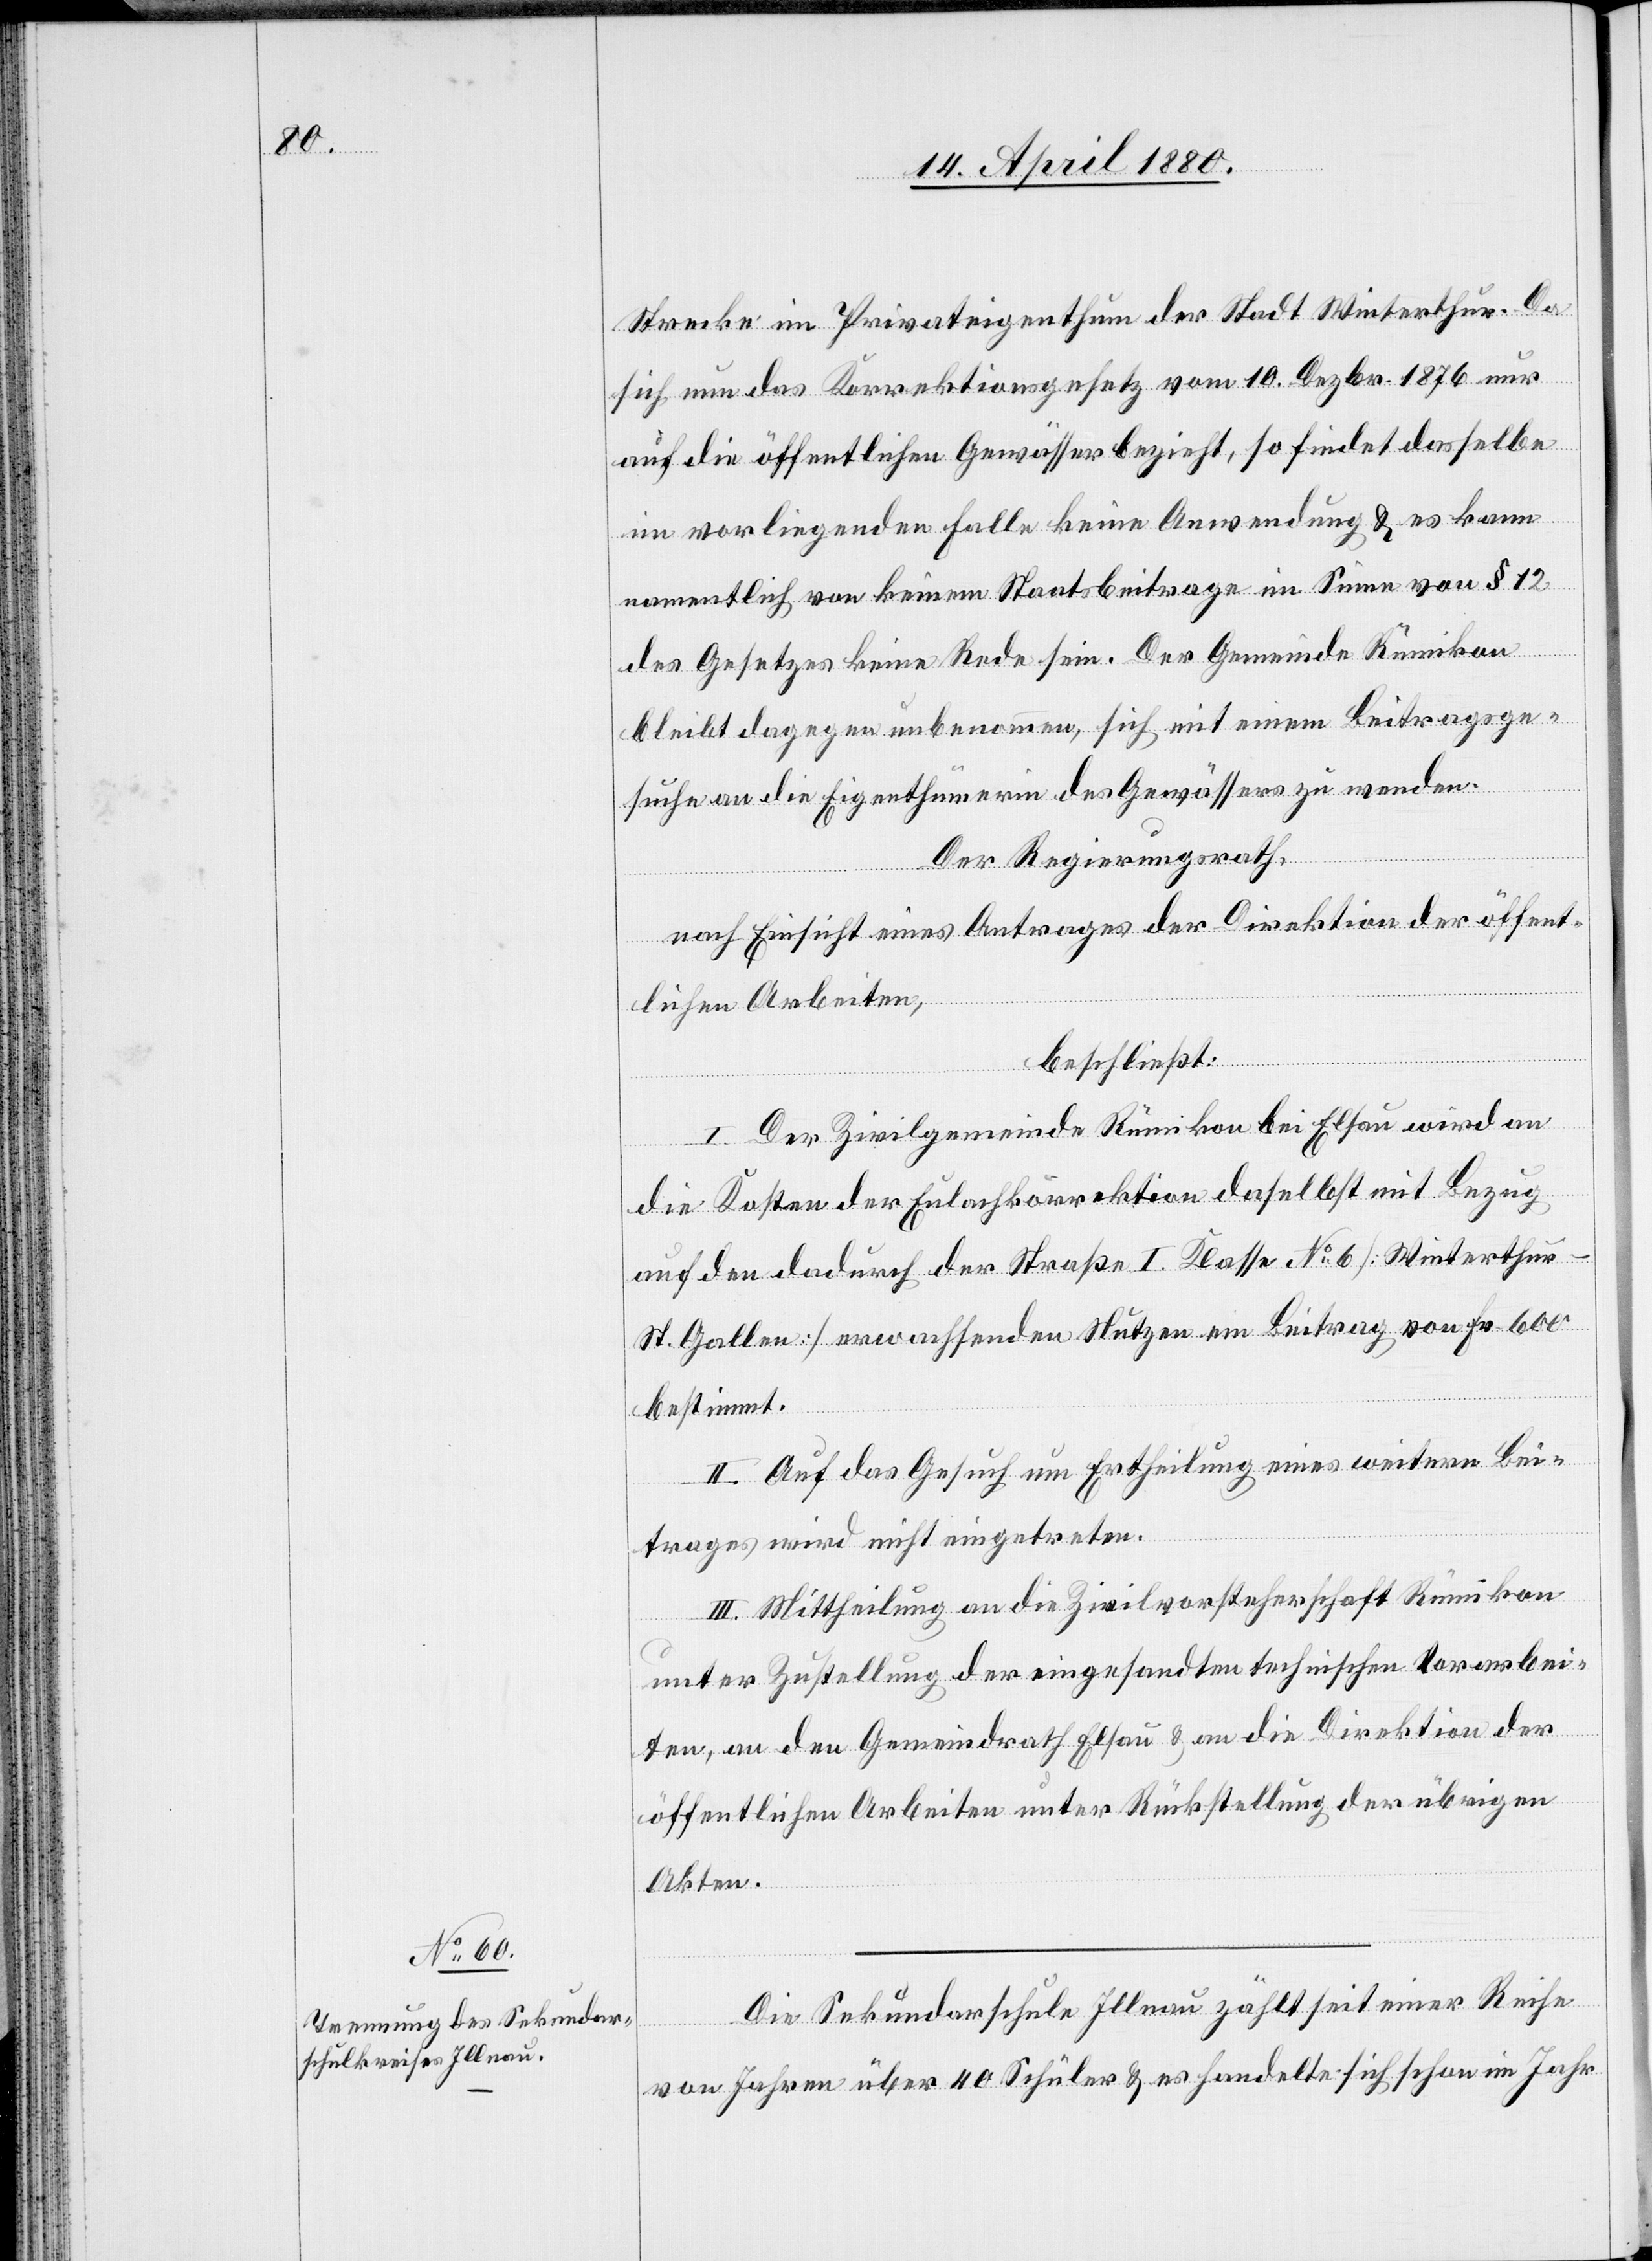
Strecke im Privateigenthum der Stadt Winterthur. Da
sich nun das Korrektionsgesetz vom 10. Dezbr. 1876 nur
auf die öffentlichen Gewässer bezieht, so findet dasselbe
im vorliegenden Falle keine Anwendung & es kann
namentlich von keinem Staatsbeitrag im Sinne von § 12
des Gesetzes keine [sic!] Rede sein. Der Gemeinde Rümikon
bleibt dagegen unbenommen, sich mit einem Beitragsge¬
suche an die Eigenthümerin des Gewässers zu wenden.
Der Regierungsrath,
nach Einsicht eines Antrages der Direktion der öffent¬
lichen Arbeiten,
beschließt:
I. Der Zivilgemeinde Rümikon bei Elsau wird an
die Kosten der Eulachkorrektion daselbst mit Bezug
auf den dadurch der Straße I. Klasse No 6 [Winterthu¬
r–St. Gallen] erwachsenden Nutzen ein Beitrag von Fr. 600
bestimmt.
II. Auf das Gesuch um Ertheilung eines weitern Bei¬
trages wird nicht eingetreten.
III. Mittheilung an die Zivilvorsteherschaft Rümikon
unter Zustellung der eingesandten technischen Vorarbei¬
ten, an den Gemeindrath Elsau & an die Direktion der
öffentlichen Arbeiten unter Rückstellung der übrigen
Akten.
Die Sekundarschule Illnau zählt seit einer Reihe
von Jahren über 40 Schüler & es handelte sich schon im Jahr